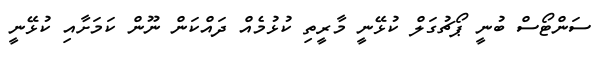
ސަންޓޯސް ބުނީ ޕޯޗުގަލް ކުޅޭނީ މާރީތި ކުޅުމެއް ދައްކަން ނޫން ކަމަށާއި ކުޅޭނީ